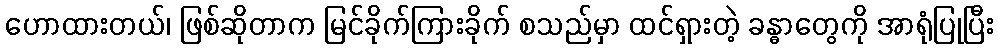
ဟောထားတယ်၊ ဖြစ်ဆိုတာက မြင်ခိုက်ကြားခိုက် စသည်မှာ ထင်ရှားတဲ့ ခန္ဓာတွေကို အာရုံပြုပြီး